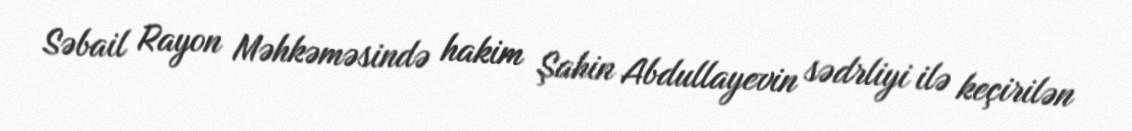
Səbail Rayon Məhkəməsində hakim Şahin Abdullayevin sədrliyi ilə keçirilən